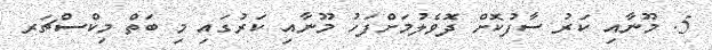
5. މޫނާއި ކަރު ސާފުކޮށް ދޮވެލުމަށްފަހު މޫނާއި ކަރުގައި މި ބަތް މިކްސްޗަރ